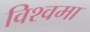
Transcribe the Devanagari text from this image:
विश्वमा